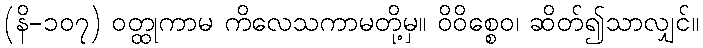
(နိ-၁၀၇) ဝတ္ထုကာမ ကိလေသကာမတို့မှ။ ဝိဝိစ္စေဝ၊ ဆိတ်၍သာလျှင်။